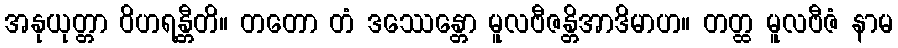
အနုယုတ္တာ ဝိဟရန္တီတိ။ တတော တံ ဒဿေန္တော မူလဗီဇန္တိအာဒိမာဟ။ တတ္ထ မူလဗီဇံ နာမ